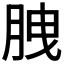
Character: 𦛈